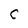
Character: C